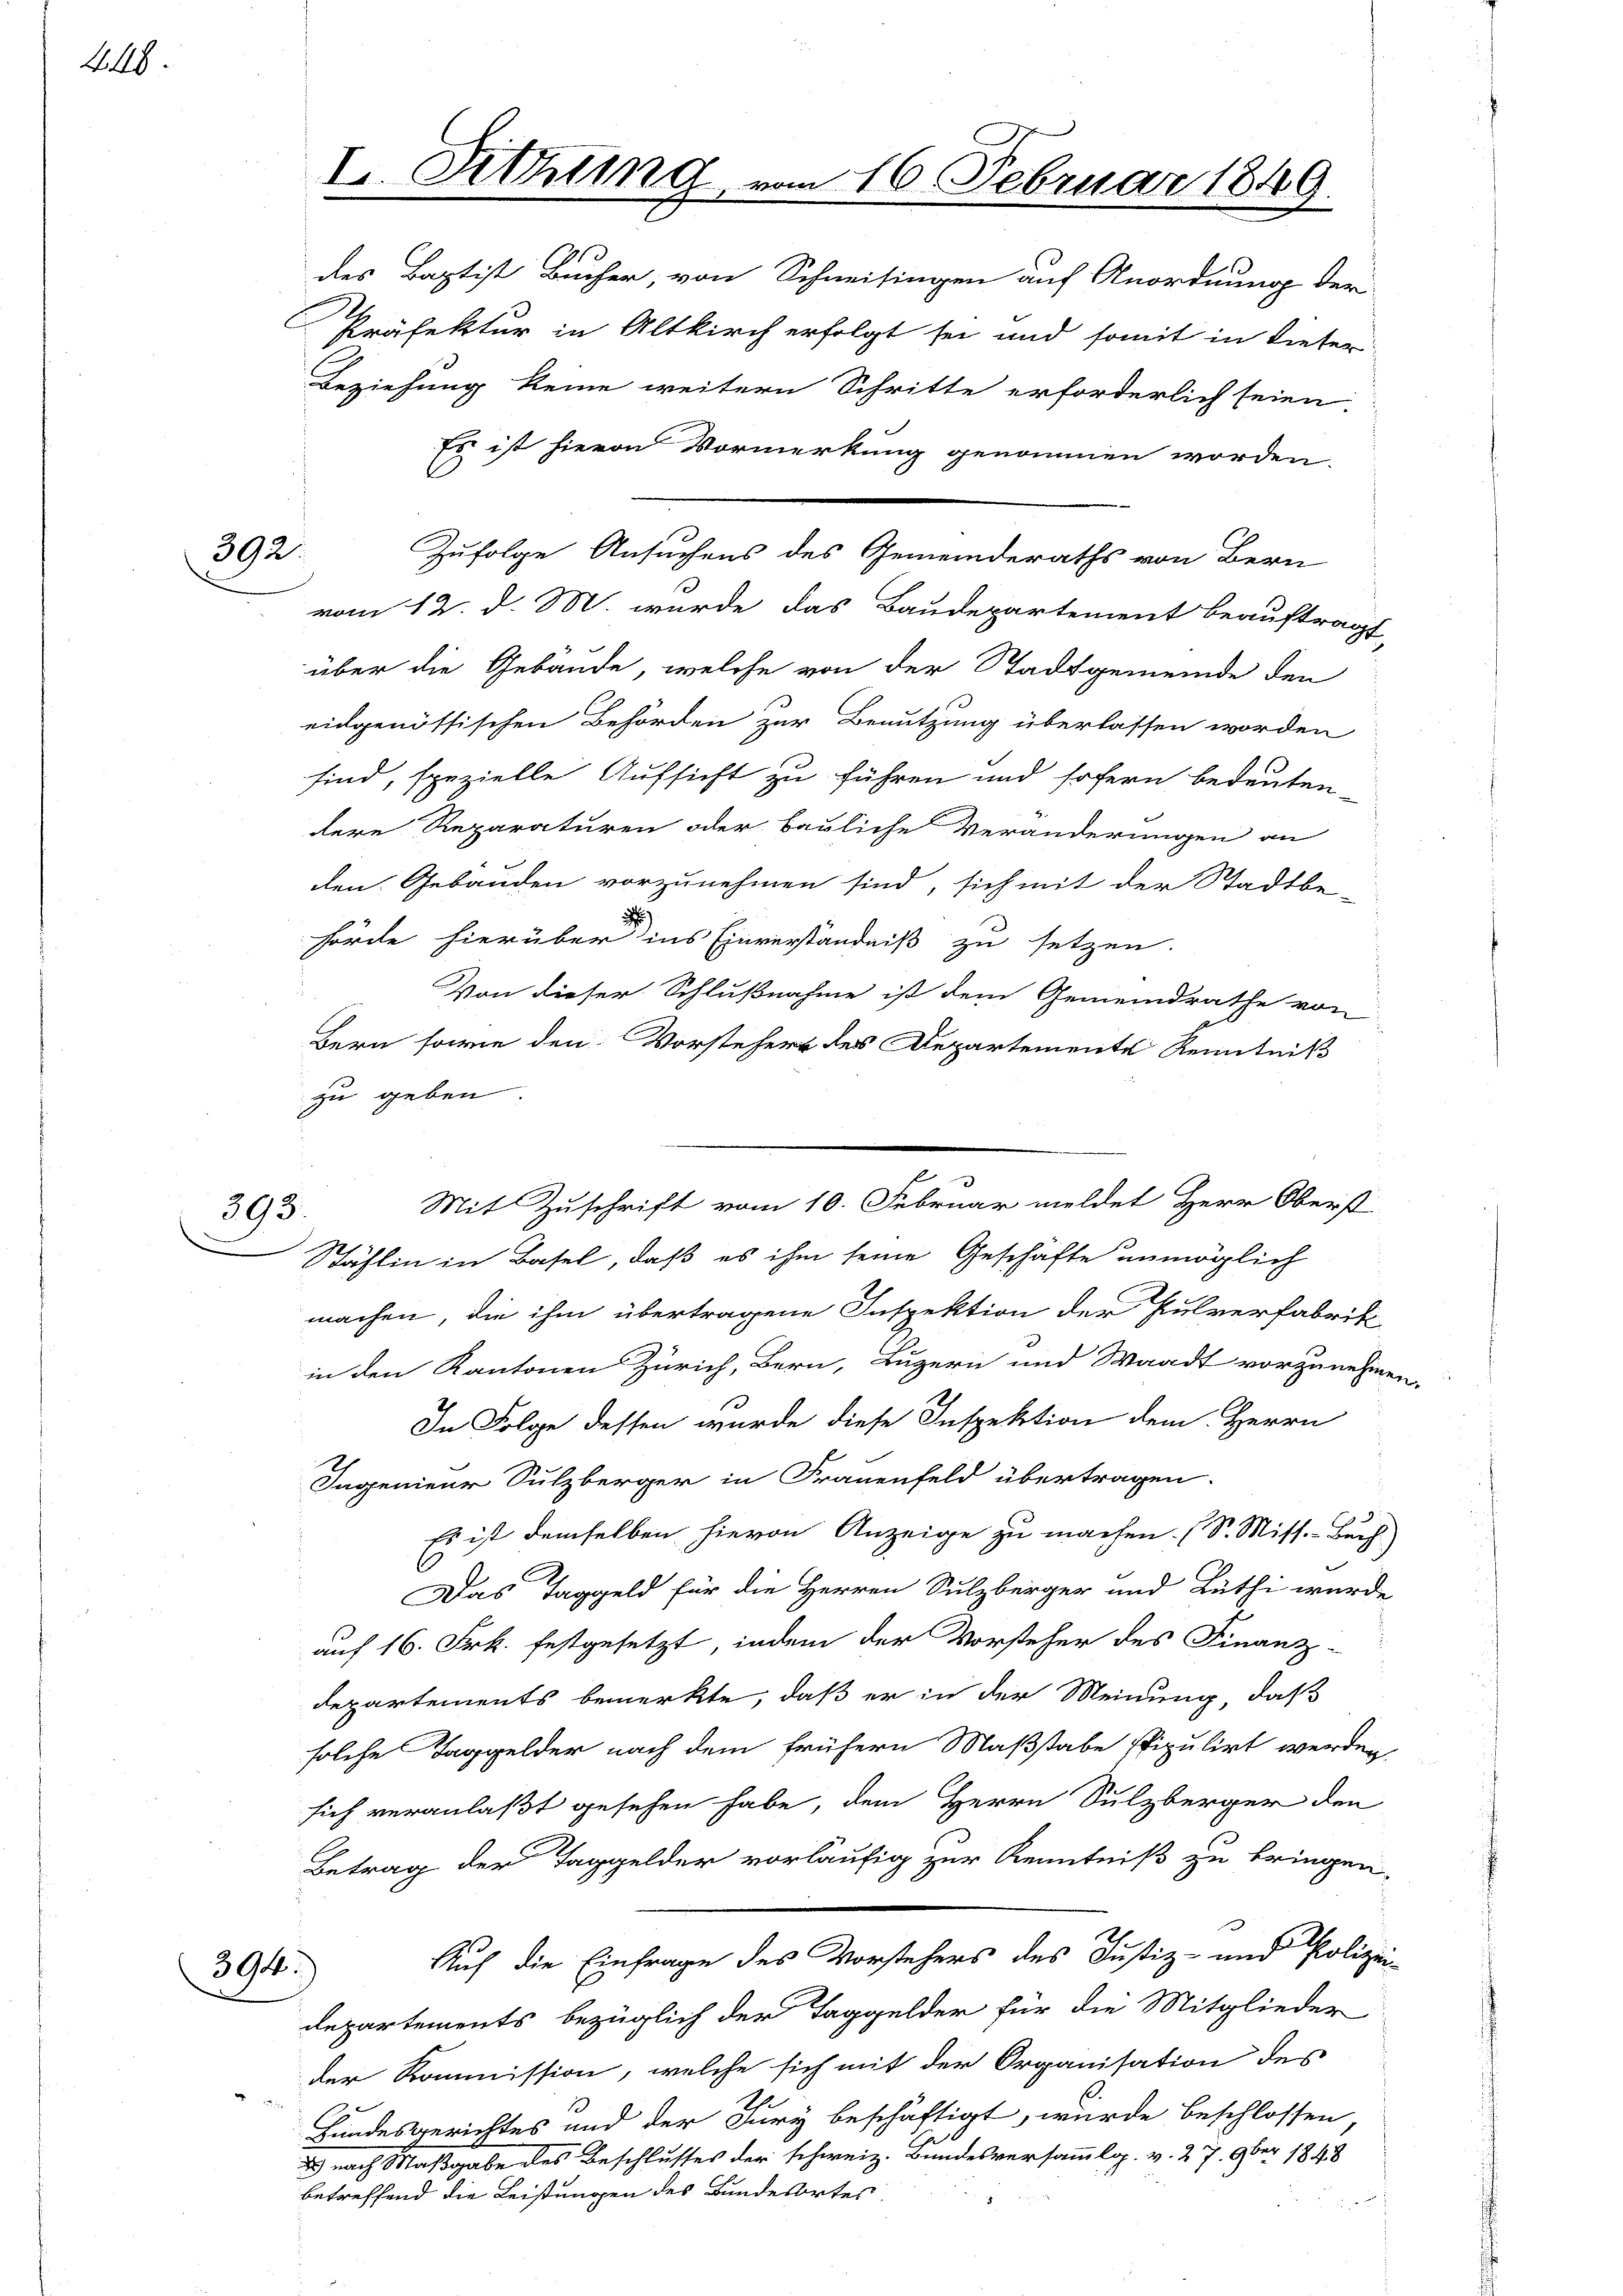
418.

392.

893.

des Baptist Bucher, von Schneisingen auf Anordnung der
Präfektur in Altkirch erfolgt sei und somit in dieser
Beziehung keine weitern Schritte erforderlich seien.
Es ist hievon Vormerkung genommen worden.
vom 12. d. M. wurde das Baudepartement beauftragt,
über die Gebäude, welche von der Stadtgemeinde den
eidgenössischen Behörden zur Benutzung überlassen worden
sind, spezielle Aufsicht zu führen und sofern bedeuten
dere Reparaturen oder bauliche Veränderungen an
den Gebäuden vorzunehmen sind, sich mit der Stadtbe-
hörde hierüber ins Einverständniß zu setzen.
Von dieser Schlußnahme ist dem Gemeindrathe von
Bern sowie den Vorstehers des Departemente Kenntniß
zu geben.
Stäflin in Basel, daß es ihm seine Geschäfte unmöglich
machen, die ihm übertragene Inspektion der Pulverfabrik
in den Kantonen Zürich, Bern, Luzern und Waadt vorzunehm.
In Folge dessen wurde diese Inspektion dem Herrn
Ingenieur Sulzberger in Frauenfeld übertragen.
Es ist demselben hievon Anzeige zu machen. (S. Miss. Burch
Das Taggeld für die Herren Sulzberger und Lüthi wurde
auf 16. Frk. festgesetzt, indem der Vorsteher des Finanz-
Departements bemerkte, daß er in der Meinung, daß
solche Taggelder nach dem frühern Maßstabe stipulirt werden,
sich veranlaßt gesehen habe, dem Herrn Sulzberger den
Betrag der Taggelder vorläufig zur Kenntniß zu bringen.
.
d
Auch die Einfrage des Vorstehers des Justiz- und Polizei-
departements bezüglich der Taggelder für die Mitglieder
der Kommission, welche sich mit der Organisation des
Bundesgerichtes und der Jury beschäftigt, wurde beschlossen,
2) nach Maßgabe des Beschlusses der schweiz. Bundesversammlg. v. 27. 9ber 1848
betreffend die Leistungen des Bundesortes

394.

I. Sitzung

Zufolge Ansuchens des Gemeinderaths von Bern

16. Februar 1849.

Mit Zuschrift vom 10. Februar meldet Herr Oberst

Vog